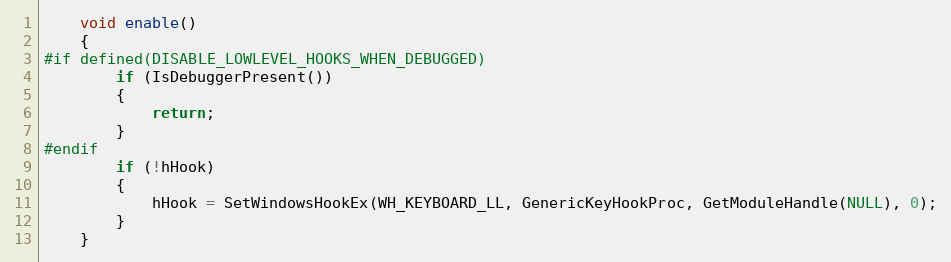
Language: C
    void enable()
    {
#if defined(DISABLE_LOWLEVEL_HOOKS_WHEN_DEBUGGED)
        if (IsDebuggerPresent())
        {
            return;
        }
#endif
        if (!hHook)
        {
            hHook = SetWindowsHookEx(WH_KEYBOARD_LL, GenericKeyHookProc, GetModuleHandle(NULL), 0);
        }
    }